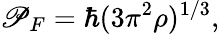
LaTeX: \mathscr{P}_{F}=\hbar(3\pi^{2}\rho)^{1/3},